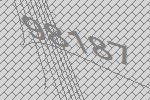
98187